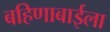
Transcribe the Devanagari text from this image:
बहिणाबाईला